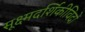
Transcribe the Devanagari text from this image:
सूक्ष्मदर्शिकीविदों